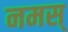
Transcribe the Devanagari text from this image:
नमस्‌